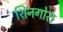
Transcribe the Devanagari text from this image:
शिनगोरा